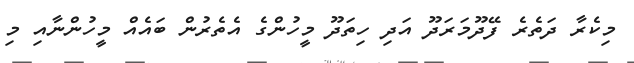
މިކެރާ ދަތެރެ ފޭދޫމަރަދޫ އަދި ހިތަދޫ މީހުންގެ އެތެރުން ބައެއް މީހުންނާއި މި